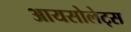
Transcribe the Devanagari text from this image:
आयसोलेट्स